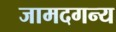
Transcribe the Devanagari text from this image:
जामदगन्य